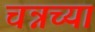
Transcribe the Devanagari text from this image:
चन्नच्या